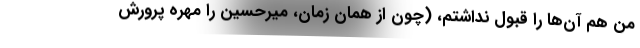
من هم آن‌ها را قبول نداشتم، (چون از همان زمان، میرحسین را مهره پرورش